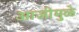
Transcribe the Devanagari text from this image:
आजीमुळे